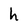
Character: h